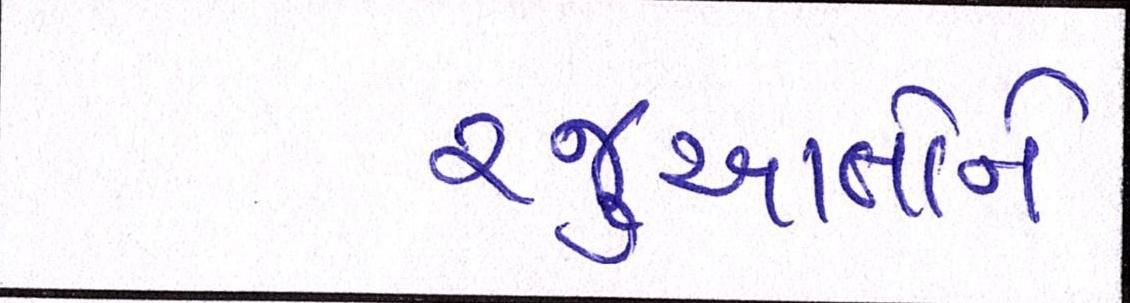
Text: રજૂઆતોને